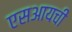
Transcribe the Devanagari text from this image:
एसआयची